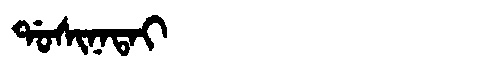
Manchu: ᡩᠣᠰᡳᠨᠠᡨᠠᡳ
Romanization: DOSINATAI